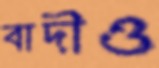
বাদীও